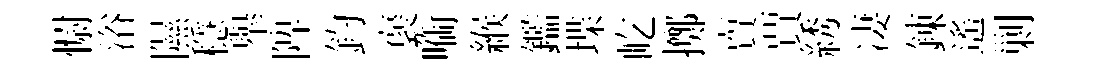
𢠢浴隰穩𦦙陴釣褒㗸緱鑑堞屹擲𧶠賈綉凄錬遙剿